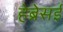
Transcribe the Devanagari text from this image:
हेब्रेसई